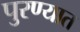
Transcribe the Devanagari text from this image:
पुरण्यात